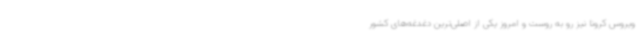
ویروس کرونا نیز رو به روست و امروز یکی از اصلی‌ترین دغدغه‌های کشور